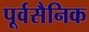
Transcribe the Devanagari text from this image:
पूर्वसैनिक